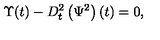
\Upsilon ( t ) - D _ { t } ^ { 2 } \left( \Psi ^ { 2 } \right) ( t ) = 0 ,